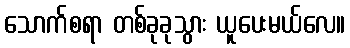
သောက်စရာ တစ်ခုခုသွား ယူပေးမယ်လေ။